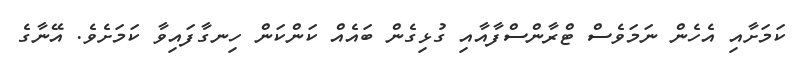
ކަމަށާއި އެހެން ނަމަވެސް ޓްރާންސްފާއާއި ގުޅިގެން ބައެއް ކަންކަން ހިނގާފައިވާ ކަމަށެވެ. އޭނާގެ